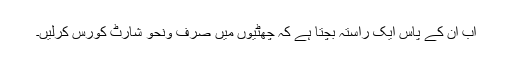
اب ان کے پاس ایک راستہ بچتا ہے کہ چھٹیوں میں صرف ونحو شارٹ کورس کرلیں۔